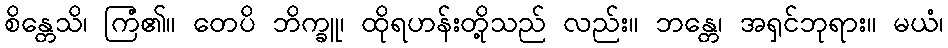
စိန္တေသိ၊ ကြံ၏။ တေပိ ဘိက္ခူ၊ ထိုရဟန်းတို့သည် လည်း။ ဘန္တေ၊ အရှင်ဘုရား။ မယံ၊